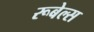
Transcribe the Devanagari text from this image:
रूबेल्स